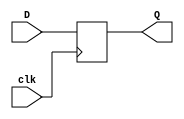
module D_latch ( D,clk,  Q);

input clk;
input D;
output Q;
reg Q;

always @ (posedge clk)
		Q <= D;
		
endmodule 
/*use clk input here is to delay the input by 1 clock cycle */